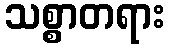
သစ္စာတရား